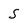
Character: S